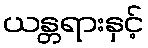
ယန္တရားနှင့်